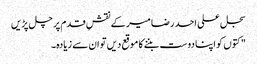
سجل علی احد رضا میر کے نقشِ قدم پر چل پڑیں
" کتوں کو اپنا دوست بننے کا موقع دیں تو ان سے زیادہ۔